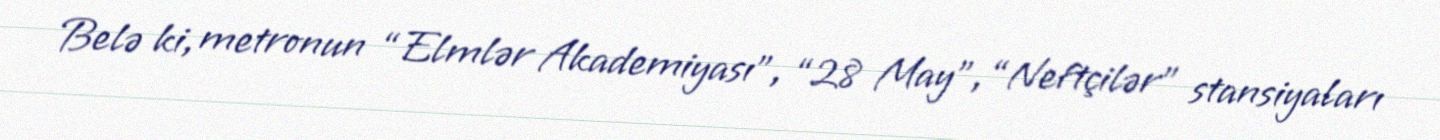
Belə ki, metronun “Elmlər Akademiyası”, “28 May”, “Neftçilər” stansiyaları